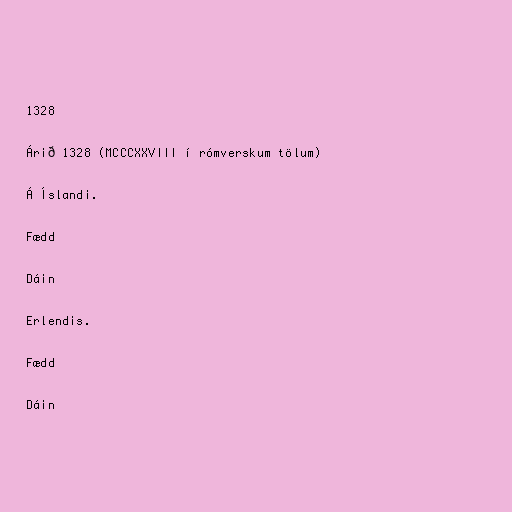
1328

Árið 1328 (MCCCXXVIII í rómverskum tölum)

Á Íslandi.

Fædd

Dáin

Erlendis.

Fædd

Dáin